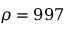
\rho = 9 9 7